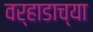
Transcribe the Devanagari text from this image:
वर्‍हाडाच्या